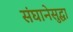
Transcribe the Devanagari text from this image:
संघानेसुद्धा